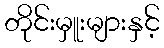
တိုင်းမှူးများနှင့်